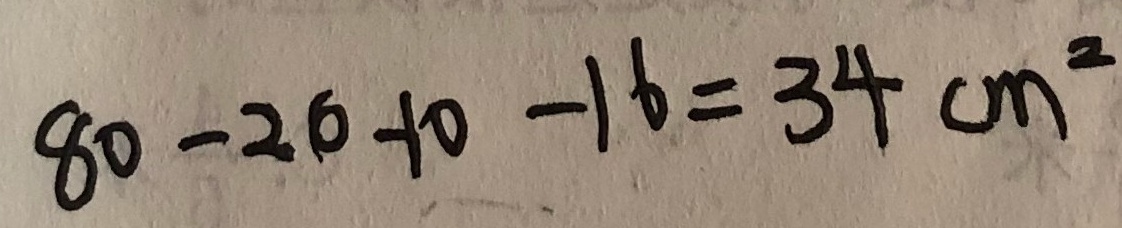
8 0 - 2 0 - 1 0 - 1 6 = 3 4 c m ^ { 2 }